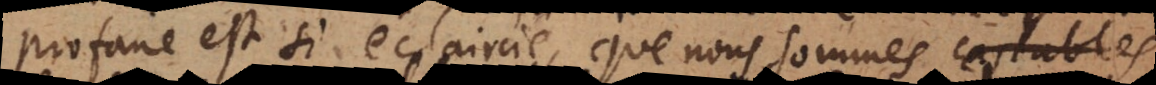
profane est si éclaircie, que nous sommes souvent capables